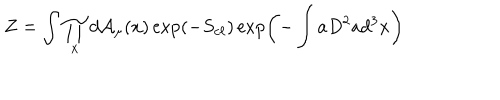
Z = \int \prod _ { x } d { \cal A } _ { \mu } ( x ) \exp ( - S _ { c \ell } ) \exp \left( - \int a D ^ { 2 } a d ^ { 3 } x \right)